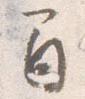
間